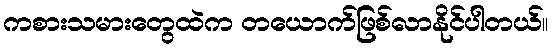
ကစားသမားတွေထဲက တယောက်ဖြစ်လာနိုင်ပါတယ်။